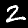
Label: 2